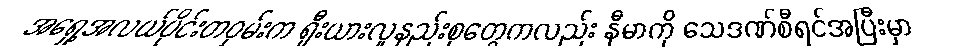
အရှေ့အလယ်ပိုင်းတဝှမ်းက ရှီးယားလူနည်းစုတွေကလည်း နီမာကို သေဒဏ်စီရင်အပြီးမှာ